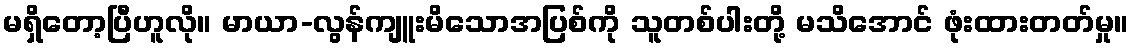
မရှိတော့ပြီဟူလို။ မာယာ-လွန်ကျူးမိသောအပြစ်ကို သူတစ်ပါးတို့ မသိအောင် ဖုံးထားတတ်မှု။